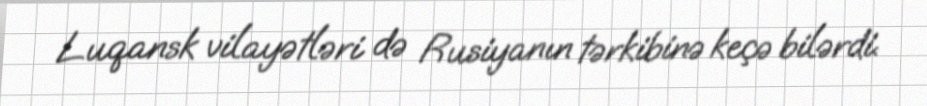
Luqansk vilayətləri də Rusiyanın tərkibinə keçə bilərdi.